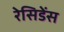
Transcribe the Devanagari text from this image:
रेसिडेंस